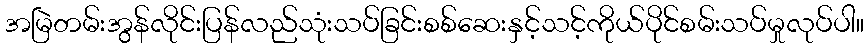
အမြဲတမ်းအွန်လိုင်းပြန်လည်သုံးသပ်ခြင်းစစ်ဆေးနှင့်သင့်ကိုယ်ပိုင်စမ်းသပ်မှုလုပ်ပါ။